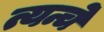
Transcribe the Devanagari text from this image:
त्यन्चे